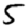
Digit: 5